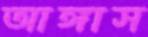
আঙ্গাস